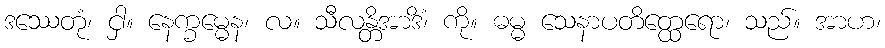
ဒဿေတုံ၊ ငှါ။ နေက္ခမ္မေန၊ လ။ သီလန္တိအာဒိံ၊ ကို။ ဓမ္မ သေနာပတိတ္ထေရော၊ သည်။ အာဟ၊